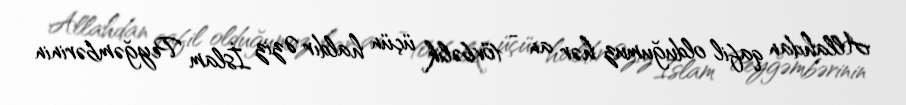
Allahdan qafil olduğumuz hər an - tövbəlik üçün haldır Əziz İslam Peyğəmbərinin